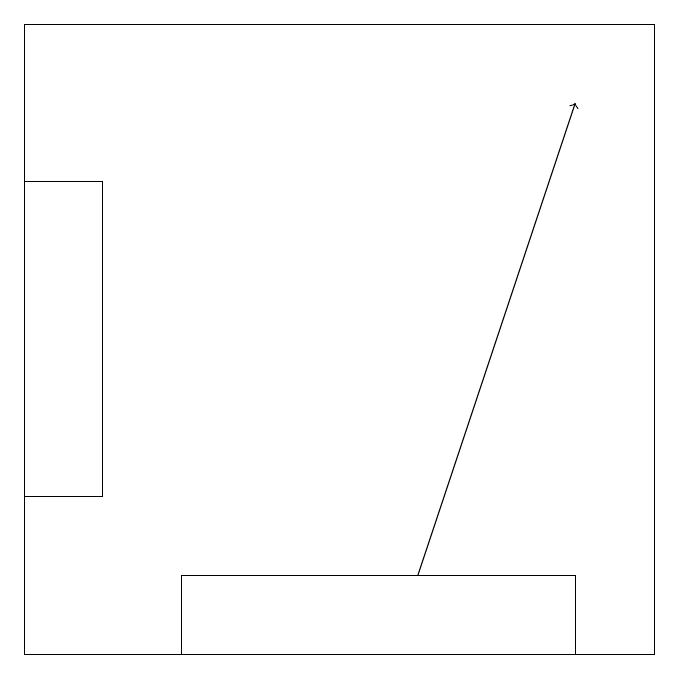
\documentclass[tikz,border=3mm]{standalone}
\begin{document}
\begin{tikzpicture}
\draw (8,12) rectangle (3,11);
\draw (2,17) rectangle (1,13);
\draw (1,19) rectangle (9,11);
\draw[->] (6,12) -- (8,18);
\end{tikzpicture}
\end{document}